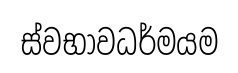
ස්වභාවධර්මයම